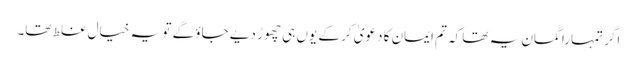
اگر تمہارا گمان یہ تھا کہ تم ایمان کا دعویٰ کر کے یوں ہی چھوڑ دیے جاؤ گے تو یہ خیال غلط تھا۔